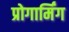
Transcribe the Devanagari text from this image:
प्रोगार्मिंग